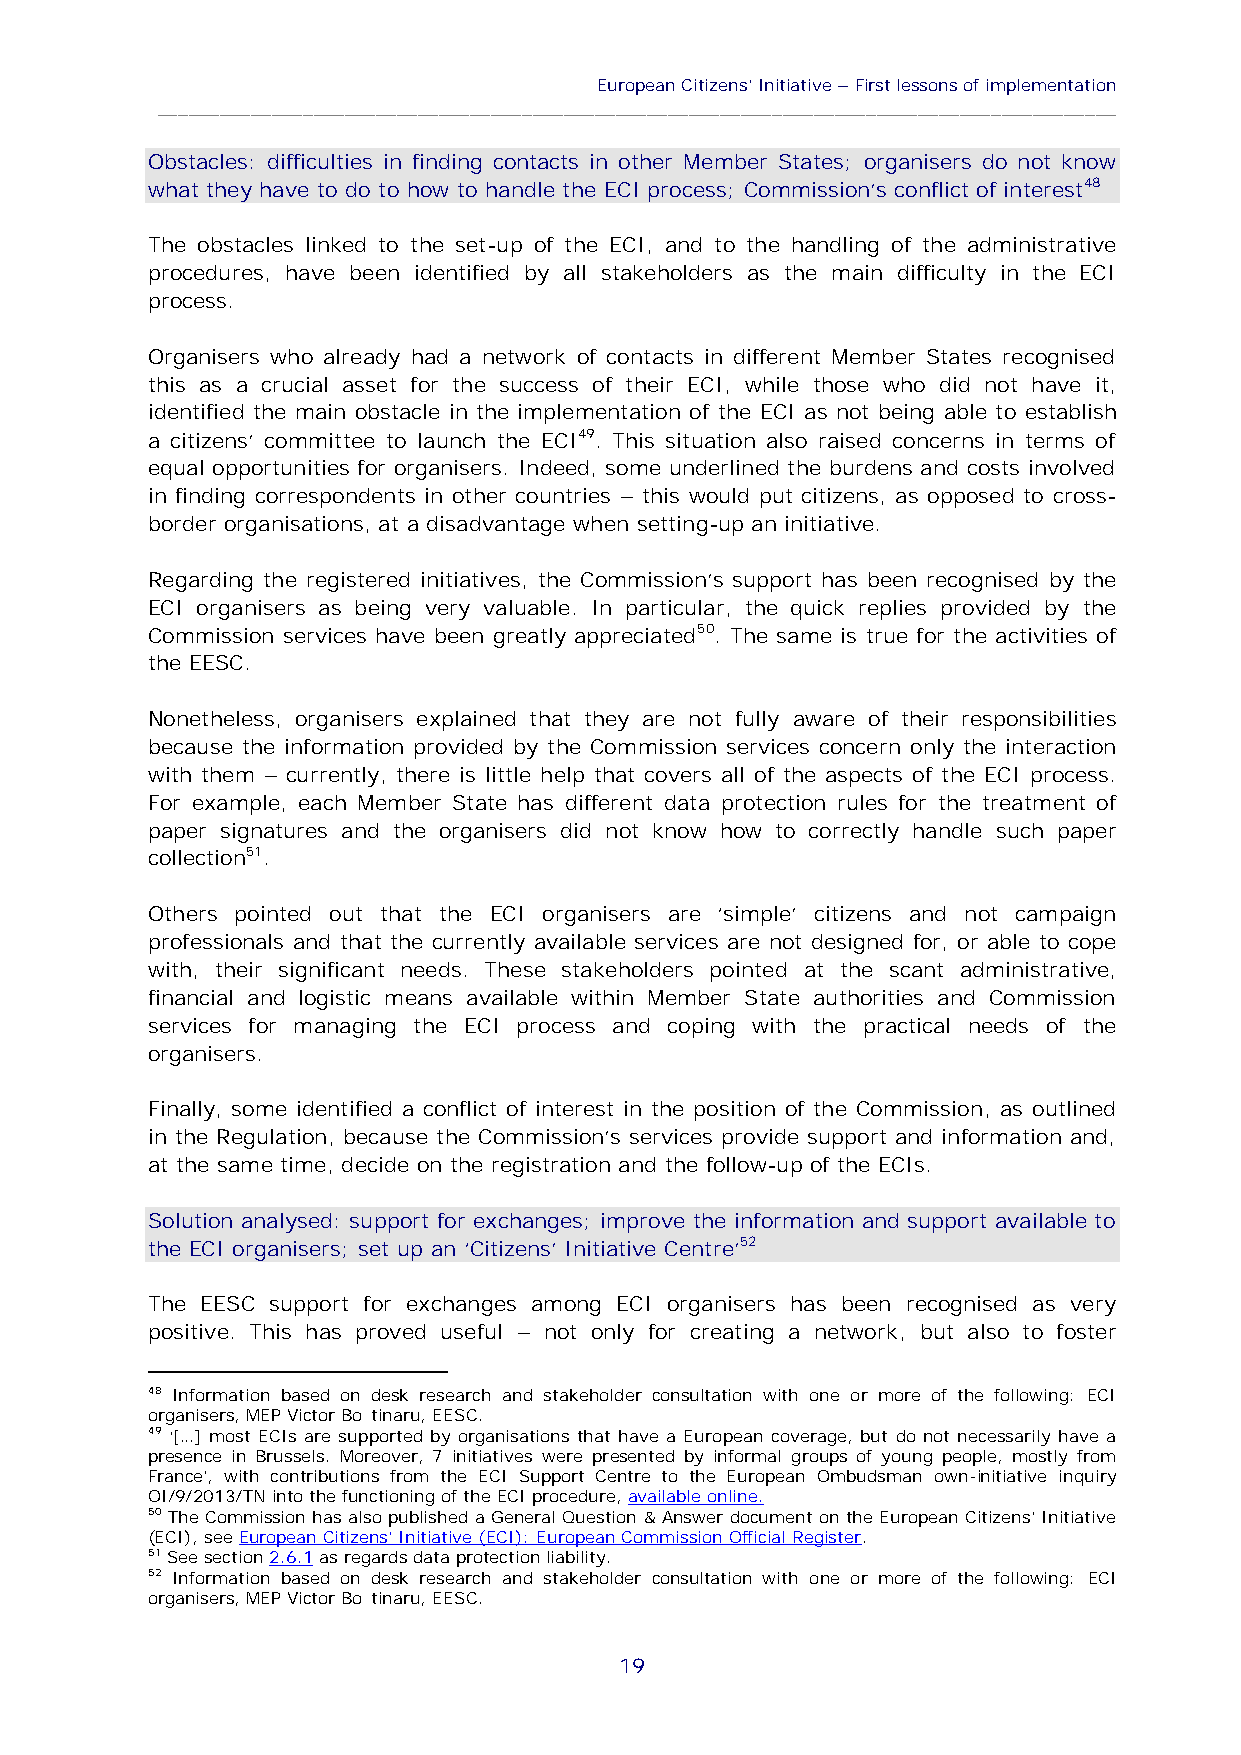
European Citizens’Initiative–First lessons of implementation
 ____________________________________________________________________________________________
 Obstacles: difficulties in finding contacts in other Member States; organisers do not know
 what they have to do to how to handle the ECI process; Commission’s conflict of interest48
 The obstacles linked to the set-up of the ECI, and to the handling of the administrative
 procedures, have been identified by all stakeholders as the main difficulty in the ECI
 process.
 Organisers who already had a network of contacts in different Member States recognised
 this as a crucial asset for the success of their ECI, while those who did not have it,
 identified the main obstacle in the implementation of the ECI as not being able to establish
 a citizens’ committee to launch the ECI49. This situation also raised concerns in terms of
 equal opportunities for organisers. Indeed, some underlined the burdens and costs involved
 in finding correspondents in other countries – this would put citizens, as opposed to cross-
 border organisations, at a disadvantage when setting-up an initiative.
 Regarding the registered initiatives, the Commission’s support has been recognised by the
 ECI organisers as being very valuable. In particular, the quick replies provided by the
 Commission services have been greatly appreciated50. The same is true for the activities of
 the EESC.
 Nonetheless, organisers explained that they are not fully aware of their responsibilities
 because the information provided by the Commission services concern only the interaction
 with them – currently, there is little help that covers all of the aspects of the ECI process.
 For example, each Member State has different data protection rules for the treatment of
 paper signatures and the organisers did not know how to correctly handle such paper
 collection51.
 Others pointed out that the ECI organisers are ‘simple’ citizens and not campaign
 professionals and that the currently available services are not designed for, or able to cope
 with, their significant needs. These stakeholders pointed at the scant administrative,
 financial and logistic means available within Member State authorities and Commission
 services for managing the ECI process and coping with the practical needs of the
 organisers.
 Finally, some identified a conflict of interest in the position of the Commission, as outlined
 in the Regulation, because the Commission’s services provide support and information and,
 at the same time, decide on the registration and the follow-up of the ECIs.
 Solution analysed: support for exchanges; improve the information and support available to
 the ECI organisers; set up an ‘Citizens’ Initiative Centre’52
 The EESC support for exchanges among ECI organisers has been recognised as very
 positive. This has proved useful – not only for creating a network, but also to foster
 48 Information based on desk research and stakeholder consultation with one or more of the following: ECI
 organisers, MEP Victor Boştinaru, EESC.
 49 ‘[…] most ECIs are supported by organisations that have a European coverage, but do not necessarily have a
 presence in Brussels. Moreover, 7 initiatives were presented by informal groups of young people, mostly from
 France’, with contributions from the ECI Support Centre to the European Ombudsman own-initiative inquiry
 OI/9/2013/TN into the functioning of the ECI procedure,available online.
 50 The Commission has also published a General Question & Answer document on the European Citizens' Initiative
 (ECI), seeEuropean Citizens’ Initiative (ECI): European Commission Official Register.
 51See section2.6.1as regards data protection liability.
 52 Information based on desk research and stakeholder consultation with one or more of the following: ECI
 organisers, MEP Victor Boştinaru, EESC.
 19